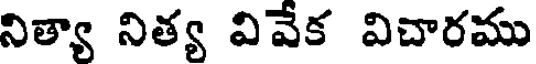
నిత్యా నిత్య వివేక విచారము